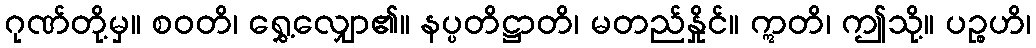
ဂုဏ်တို့မှ။ စဝတိ၊ ရွှေ့လျှော၏။ နပ္ပတိဋ္ဌာတိ၊ မတည်နှိုင်။ ဣတိ၊ ဤသို့။ ပဉ္စဟိ၊